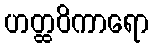
ဟတ္ထဝိကာရော